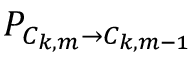
P _ { C _ { k , m } \rightarrow C _ { k , m - 1 } }